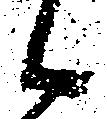
候